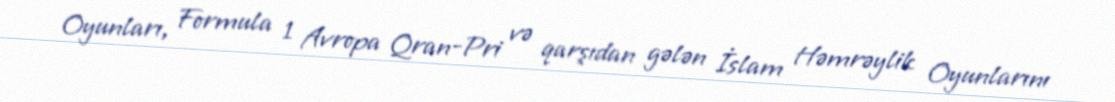
Oyunları, Formula 1 Avropa Qran-Pri və qarşıdan gələn İslam Həmrəylik Oyunlarını